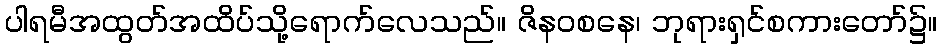
ပါရမီအထွတ်အထိပ်သို့ရောက်လေသည်။ ဇိနဝစနေ၊ ဘုရားရှင်စကားတော်၌။